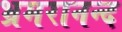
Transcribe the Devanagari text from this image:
भ्रमरानन्‍द